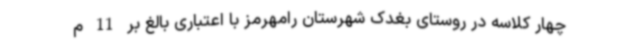
چهار کلاسه در روستای بغدک شهرستان رامهرمز با اعتباری بالغ بر 11 م